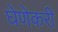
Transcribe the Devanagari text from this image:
घेणेकरी